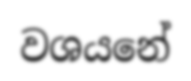
වශයනේ